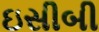
ઇસીબી